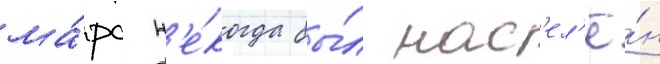
ма́рс н'е́когда бы́л нас'ел'ё́н